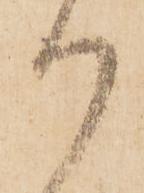
御